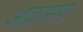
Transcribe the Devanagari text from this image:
आक्रामण